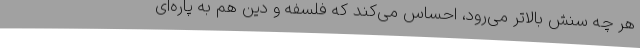
هر چه سنش بالاتر می‌رود، احساس می‌کند که فلسفه و دین هم به پاره‌ای